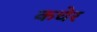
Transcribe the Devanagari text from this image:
कचेर